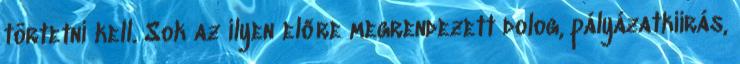
törtetni kell. Sok az ilyen előre megrendezett dolog, pályázatkiírás,